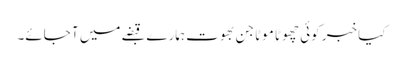
کیا خبر کوئی چھوٹا موٹا جن بھوت ہمارے قبضے میں آ جائے۔